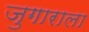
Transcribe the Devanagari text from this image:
जुगाराला